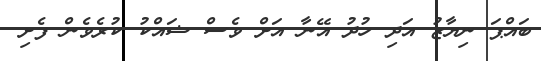
ބައްޕަ ނިޔާޒު އަދި ހުދު އޭނާ އަށް ވެސް ޝައްކު ކުރެވެން ފެށި